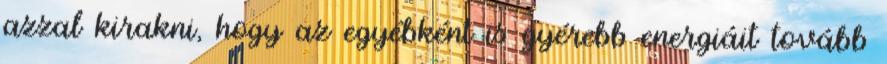
azzal kirakni, hogy az egyébként is gyérebb energiáit tovább